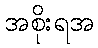
အစိုးရအ